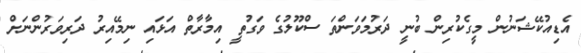
އެޑިއުކޭޝަނުން މީގެކުރިން ބުނީ ދަރުމަވަންތަ ސްކޫލުގެ ވަގުތީ އިމާރާތް އަޅައި ނިމޭއިރު ދަރިވަރުންނަށް